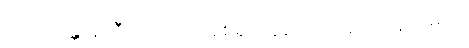
သလိလန္တိအာဒီသု၊ ဤသို့အစရှိကုနိသော။ အာပေါနာမေသု၊